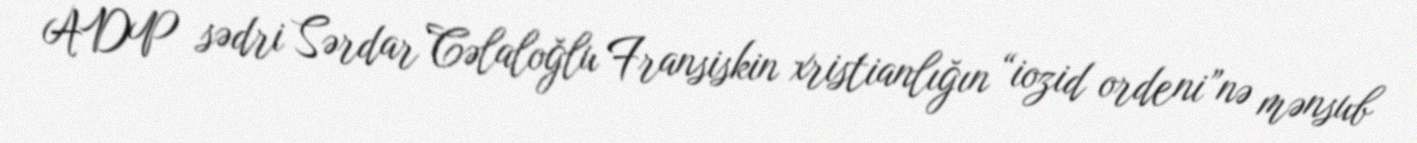
ADP sədri Sərdar Cəlaloğlu Fransiskin xristianlığın “iozid ordeni”nə mənsub